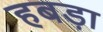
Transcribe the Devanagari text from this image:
हबड़ा